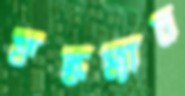
ফল্কম্যান